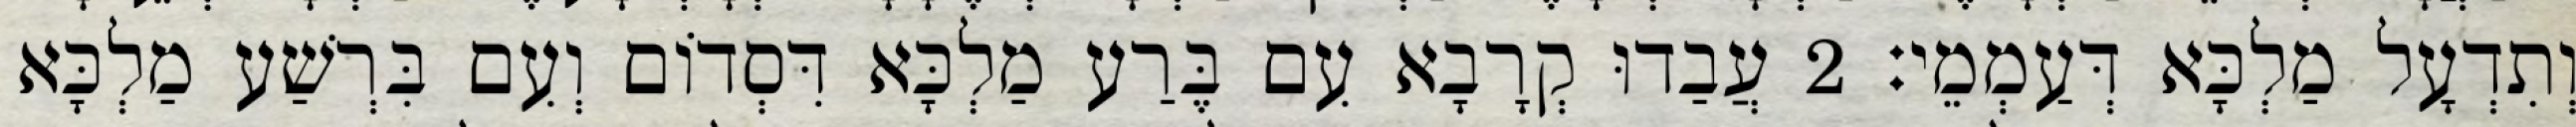
וְתִדְעָל מַלְכָּא דְּעַמְמֵי׃ 2 עֲבַדוּ קְרָבָא עִם בֶּרַע מַלְכָּא דִּסְדוֹם וְעִם בִּרְשַׁע מַלְכָּא